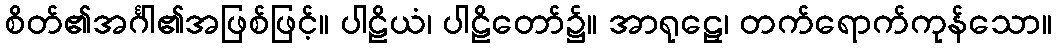
စိတ်၏အင်္ဂါ၏အဖြစ်ဖြင့်။ ပါဠိယံ၊ ပါဠိတော်၌။ အာရုဠှေ၊ တက်ရောက်ကုန်သော။